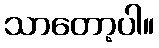
သာတော့ပါ။